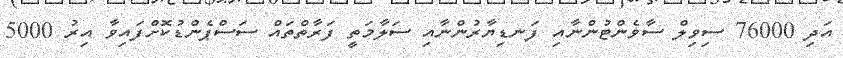
އަދި 76000 ސިވިލް ސާވެންޓުންނާއި ފަނޑިޔާރުންނާއި ސަލާމަތީ ފަރާތްތައް ސަސްޕެންޑުކޮށްފައިވާ އިރު 5000